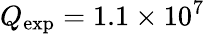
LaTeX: Q_{\mathrm{exp}}=1.1\times 10^{7}